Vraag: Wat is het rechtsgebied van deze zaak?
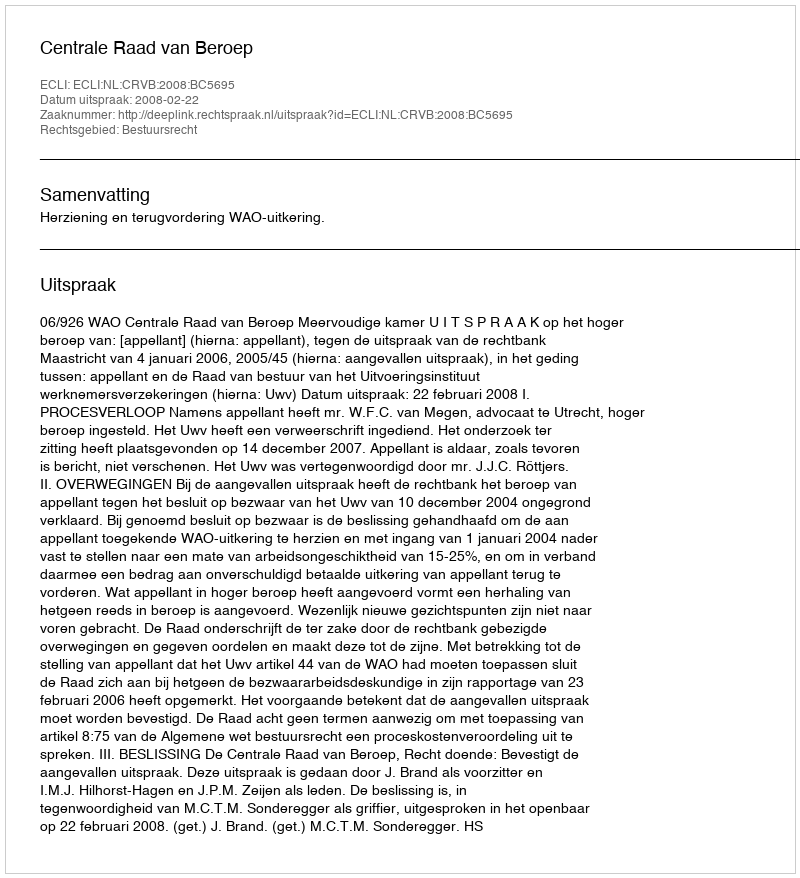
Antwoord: Bestuursrecht